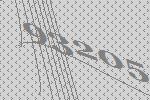
93205